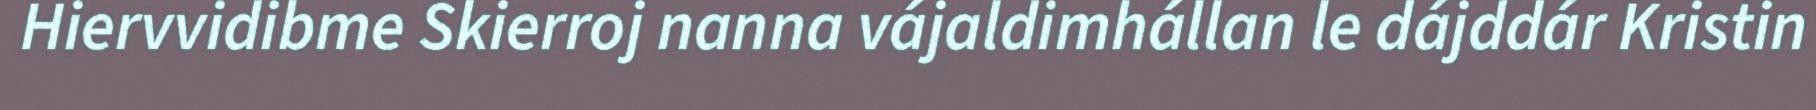
Hiervvidibme Skierroj nanna vájaldimhállan le dájddár Kristin